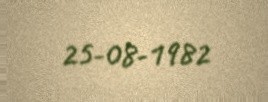
25-08-1982